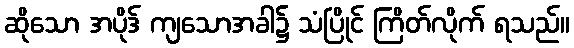
ဆိုသော အပိုဒ် ကျသောအခါ၌ သံပြိုင် ကြိတ်လိုက် ရသည်။